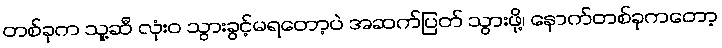
တစ်ခုက သူ့ဆီ လုံးဝ သွားခွင့်မရတော့ပဲ အဆက်ပြတ် သွားဖို့၊ နောက်တစ်ခုကတော့